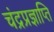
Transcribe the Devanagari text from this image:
चंद्रप्रज्ञाप्ति